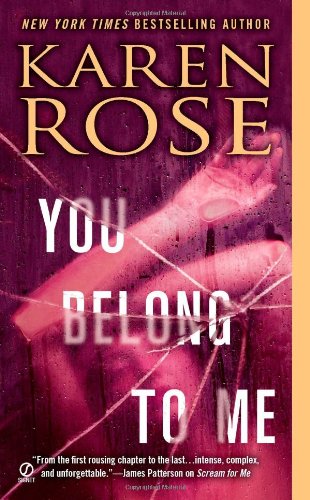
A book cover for You Belong to Me (The Baltimore Series); Karen Rose; Mystery, Thriller & Suspense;